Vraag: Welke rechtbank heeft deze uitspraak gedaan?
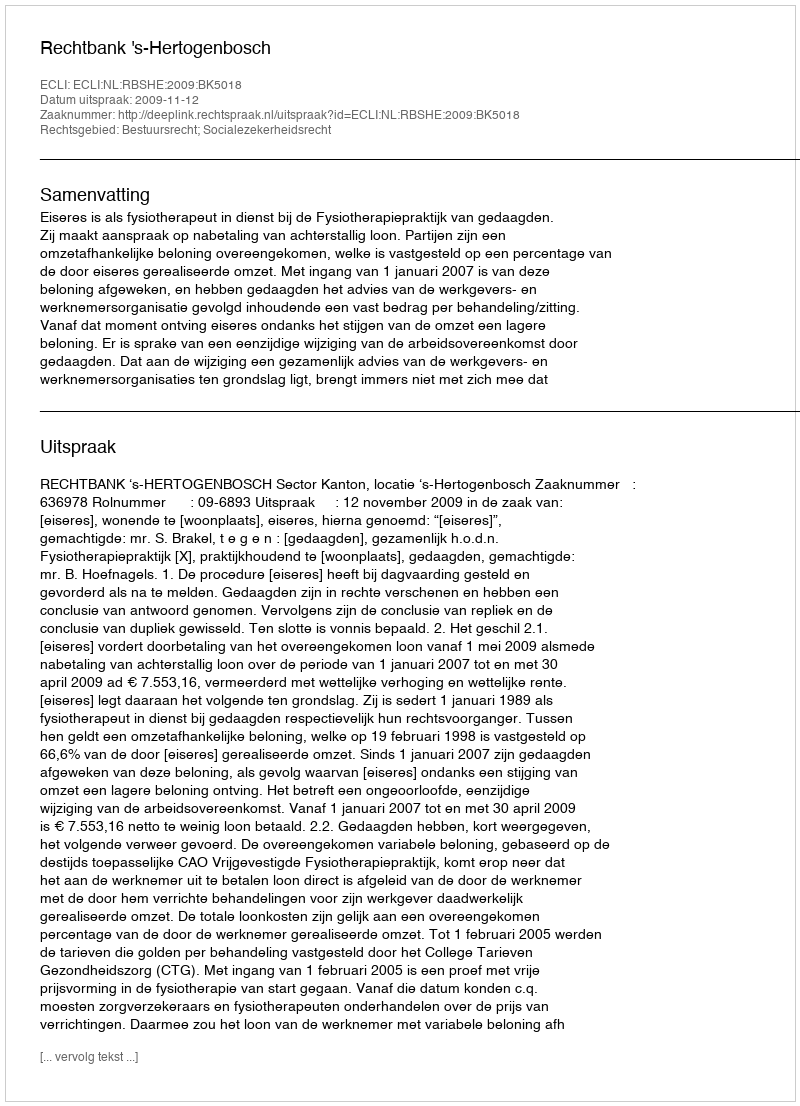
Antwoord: Rechtbank 's-Hertogenbosch